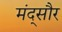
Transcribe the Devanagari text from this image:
मंद्सौर